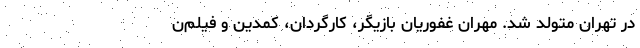
در تهران متولد شد. مهران غفوریان بازیگر، کارگردان، کمدین و فیلم‌ن